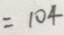
= 1 0 4